Leningradi_Edasi_toimetus, lk 38
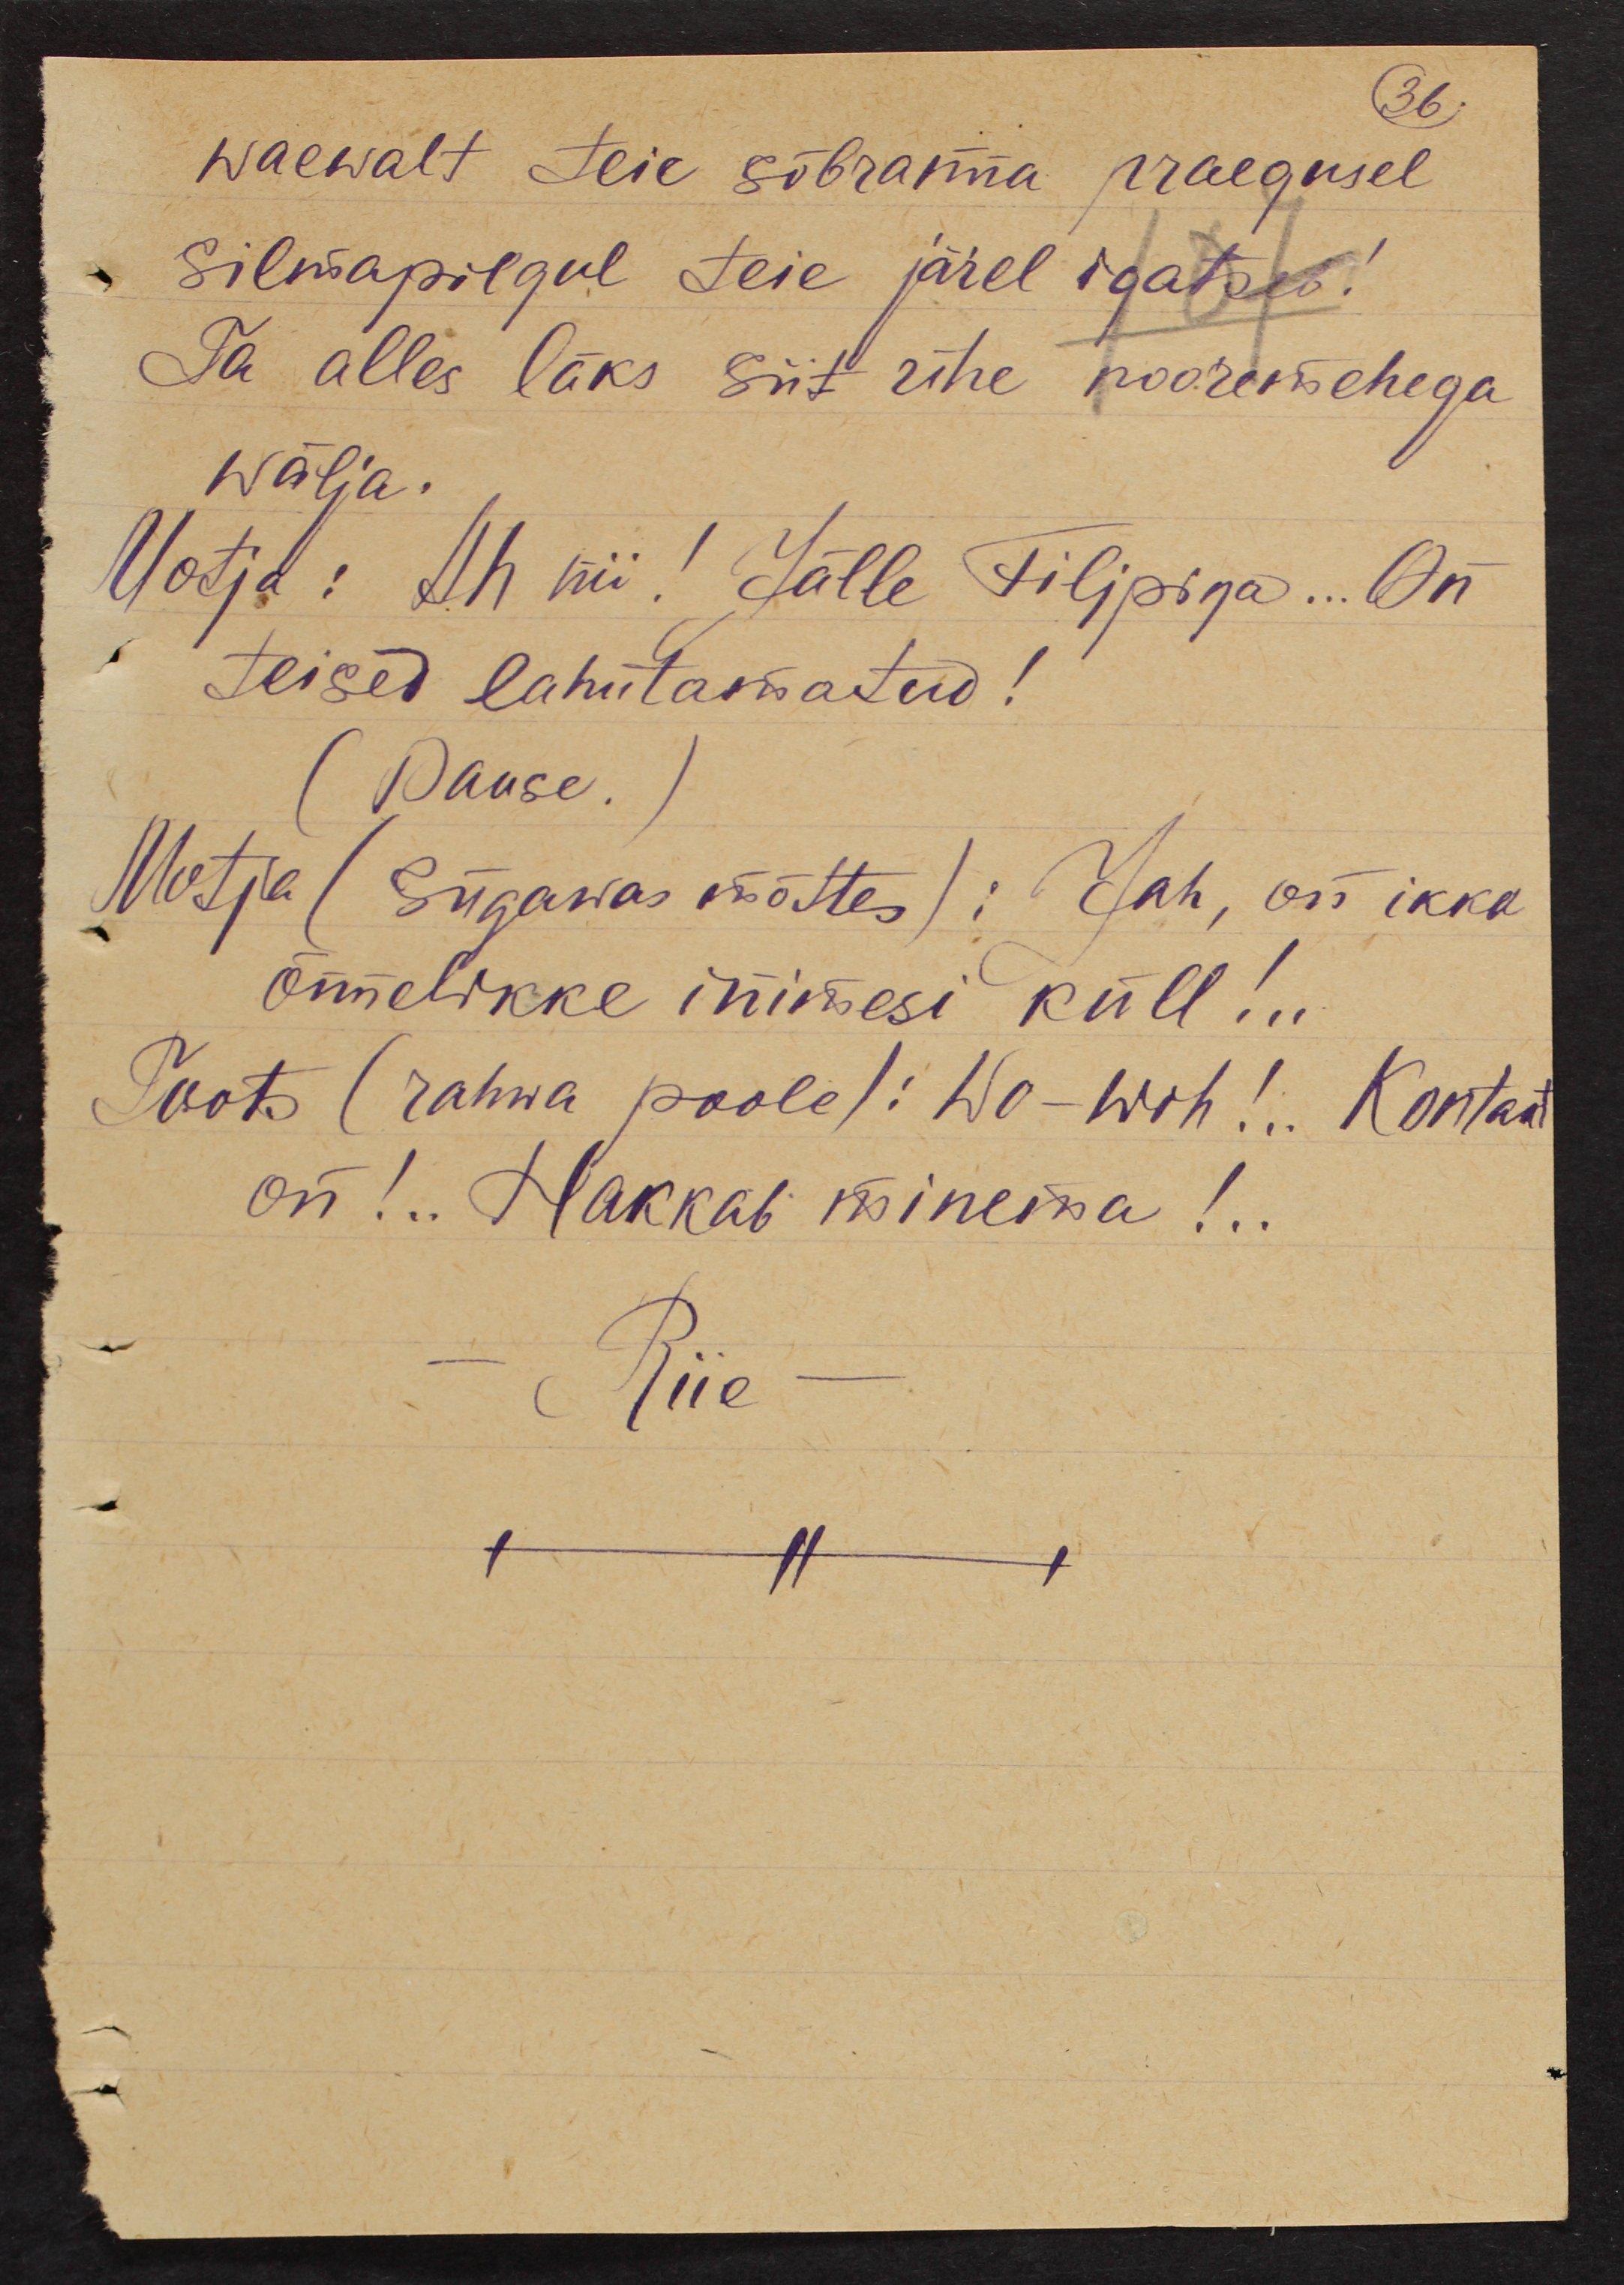
36.
waewalt teie sõbranna praegusel
silmapilgul teie järel igatseb!
Ta alles läks siit ühe nooremehega
wälja.
Motja: Ah nii! Jälle Filipiga... On
teised lahutamatud!
(Pause.)
Motja (Sügawas mõttes): Jah, on ikka
õnnelikke inimesi küll!..
Toots (rahwa poole): Wo-woh!.. Kontakt
on!.. Hakkab minema!..
Riie